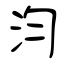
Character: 汮